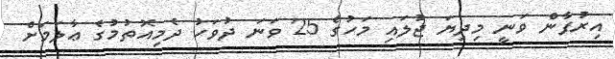
އިރުފާން ވަނީ މިދިޔަ ޖުލައި މަހުގެ 25 ވަނަ ދުވަހު ދެމިއޮތުމުގެ ޢާލަމަށް